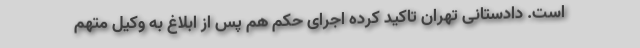
است. دادستانی تهران تاکید کرده اجرای حکم هم پس از ابلاغ به وکیل متهم